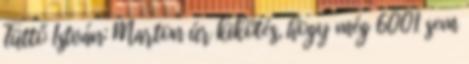
Tüttő István: Marton úr kikötés, hogy még 6001 sem